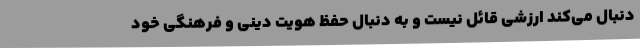
دنبال می‌کند ارزشی قائل نیست و به دنبال حفظ هویت دینی و فرهنگی خود